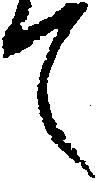
て